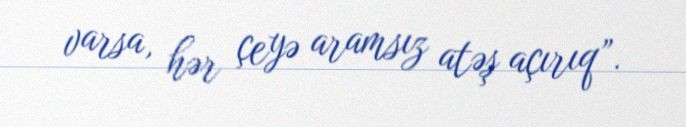
varsa, hər çeyə aramsız atəş açırıq”.